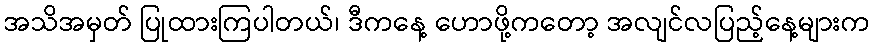
အသိအမှတ် ပြုထားကြပါတယ်၊ ဒီကနေ့ ဟောဖို့ကတော့ အလျင်လပြည့်နေ့များက